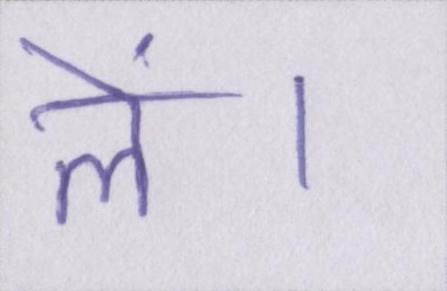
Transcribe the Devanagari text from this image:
लें।